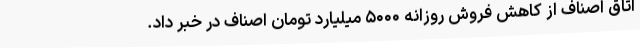
اتاق اصناف از کاهش فروش روزانه ۵۰۰۰ میلیارد تومان اصناف در خبر داد.